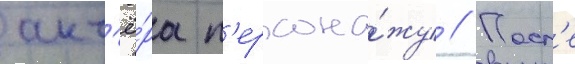
акт'ё́ра п'ерсона́жу // Посл'е